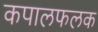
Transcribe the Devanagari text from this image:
कपालफलक